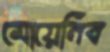
মোয়েনিব